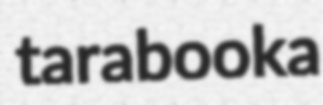
tarabooka